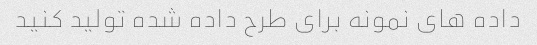
داده های نمونه برای طرح داده شده تولید کنید